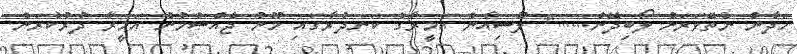
ހަދާން ނެތޭވަރަށް ލޯބިދޭން......" ލޫސިއާން އަމީރާގެ ކަނދުރާގައި މޫނު ޖެއްސުމުން އަމީރާ ދުރުކުރަން